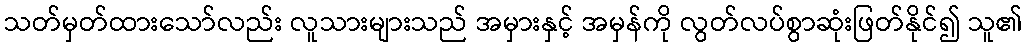
သတ်မှတ်ထားသော်လည်း လူသားများသည် အမှားနှင့် အမှန်ကို လွတ်လပ်စွာဆုံးဖြတ်နိုင်၍ သူ၏